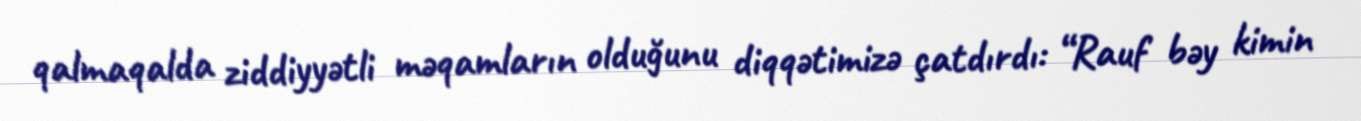
qalmaqalda ziddiyyətli məqamların olduğunu diqqətimizə çatdırdı: “Rauf bəy kimin